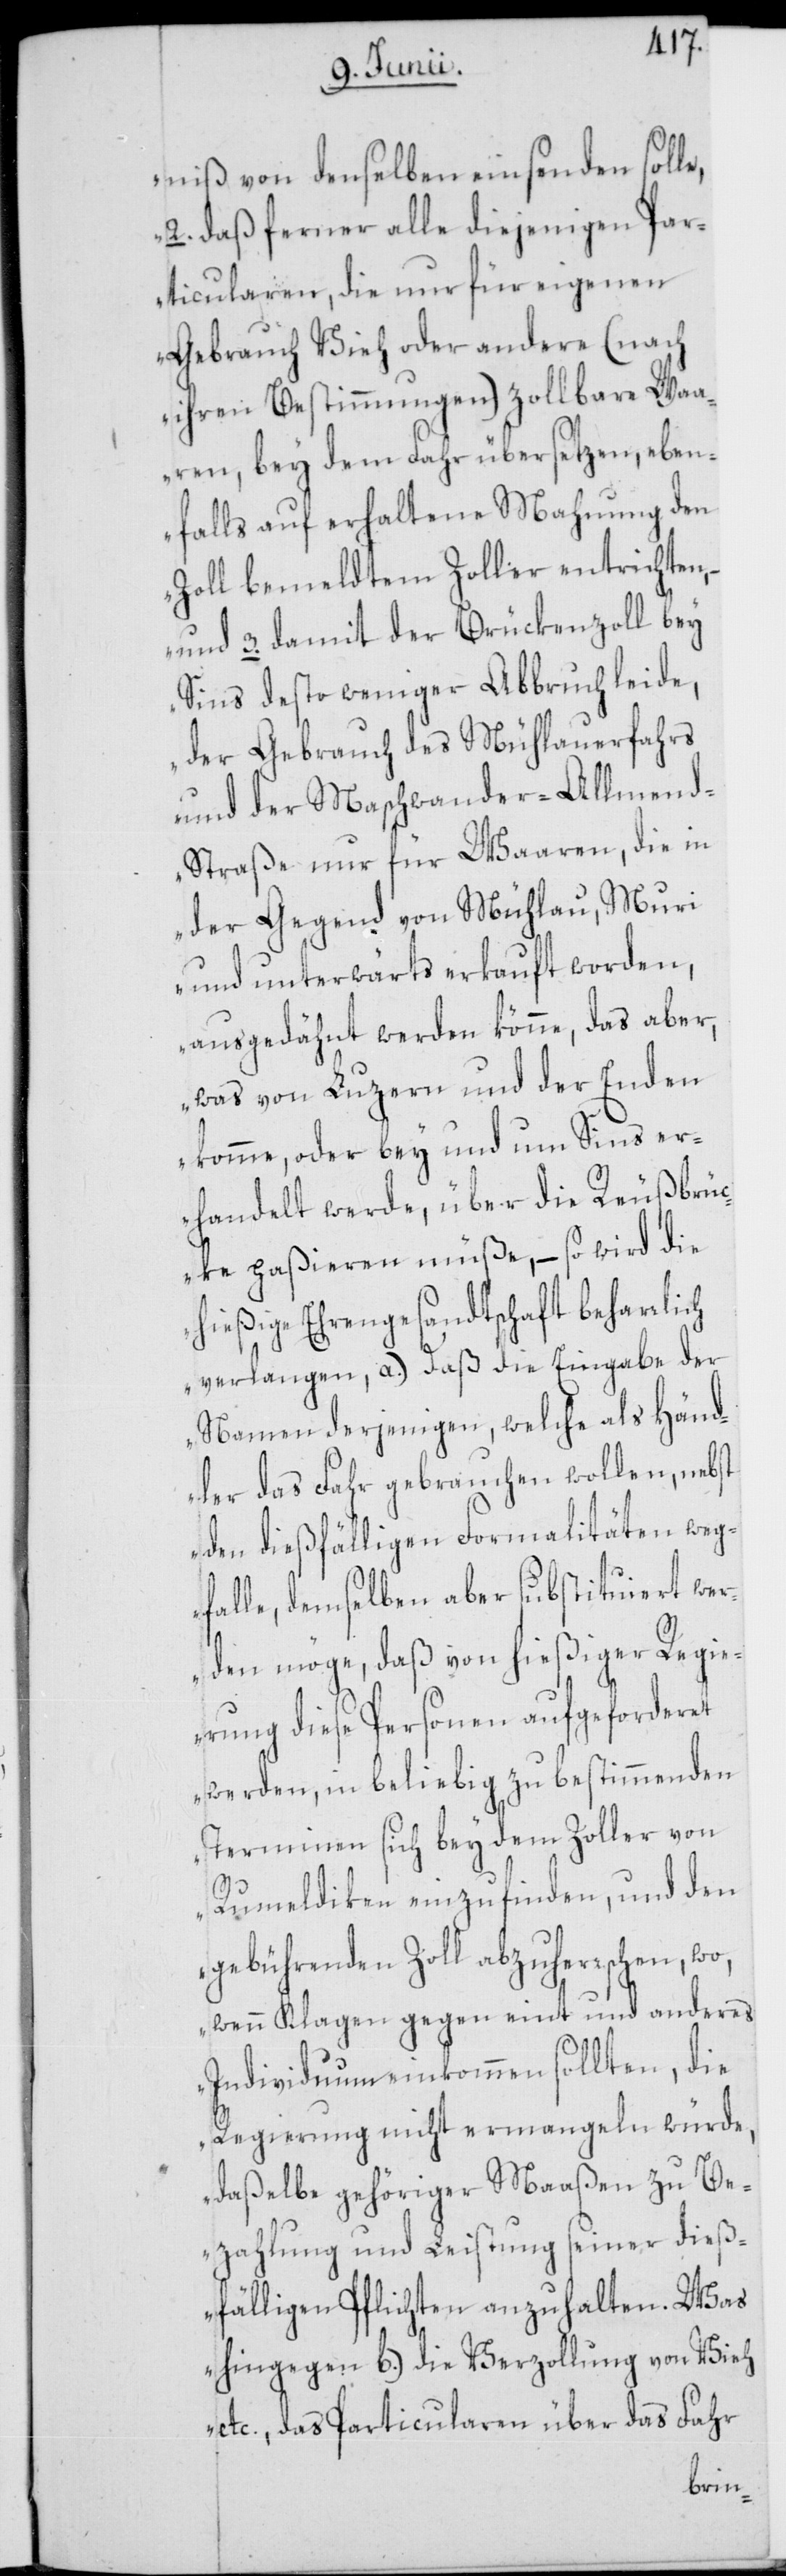
nis von denselben einsenden solle.
2. daß ferner alle diejenigen Par¬
ticularen, die nur für eigenen
Gebrauch Vieh oder andere (nach
ihren Bestimmungen) zollbare Waa¬
ren, bey dem Fahr übersetzen, eben¬
falls auf erhaltene Mahnung den
Zoll bemeldtem Zoller entrichten,
3. damit der Brückenzoll bey
Sins desto weniger Abbruch leide,
der Gebrauch des Mühlauerfahrs
und der Maschwander-Allmen¬
d-Straße nur für Waaren, die in
der Gegend von Mühlau, Muri
und unterwärts erkauft worden,
ausgedähnt werden könne, das aber,
was von Luzern und der Enden
komme, oder bey und um Sins er¬
handelt werde, über die Reußbrücke
hießige Ehrengesandtschaft beharrlich
verlangen, a.) daß die Eingabe der
Namen derjenigen, welche als Händ¬
ler das Fahr gebrauchen wollen, nebst
den dießfälligen Formalitäten weg¬
falle, demselben aber substituiert wer¬
den möge, daß von hießiger Regie¬
rung diese Personen aufgeforderet
werden, in beliebig zu bestimmenden
Terminen sich bey dem Zoller von
Rumeldiken einzufinden, und den
gebührenden Zoll abzuherrschen, wo,
wenn Klagen gegen eint und anderes
Individuum einkommen sollten, die
Regierung nicht ermangeln würde,
daßelbe gehöriger Maaßen zu Be¬
zahlung und Leistung seiner dieß¬
fälligen Pflichten anzuhalten. Was
hingegen b.) die Verzollung von Vieh
etc., das Particularen über das Fahr